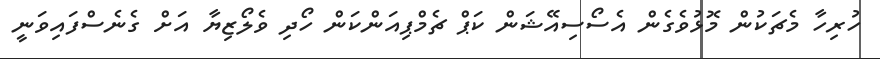
ހުރިހާ މެޗަކުން މޮޅުވެގެން އެސޯސިއޭޝަން ކަޕް ޗެމްޕިއަންކަން ހޯދި ވެލޯޒިޔާ އަށް ގެނެސްފައިވަނީ